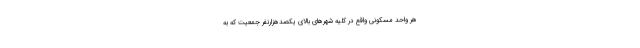
هر واحد مسکونی واقع در کلیه شهرهای بالای یکصدهزارنفر جمعیت که به